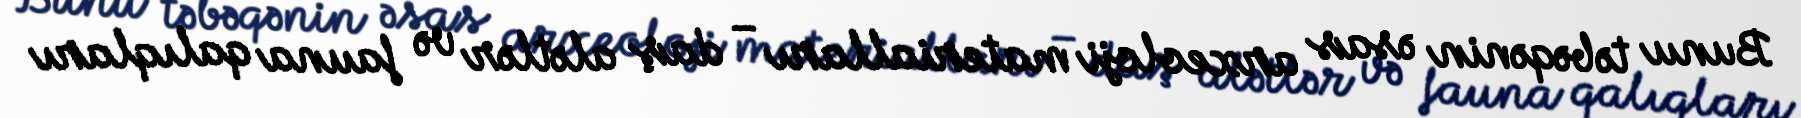
Bunu təbəqənin əsas arxeoloji materialları – daş alətlər və fauna qalıqları